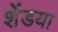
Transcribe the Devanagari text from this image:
शेंडया